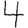
Digit: 4